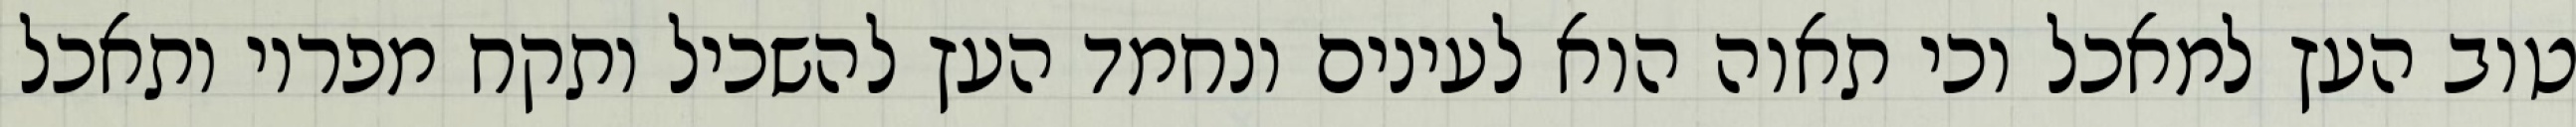
טוב העץ למאכל וכי תאוה הוא לעינים ונחמד העץ להשכיל ותקח מפריו ותאכל